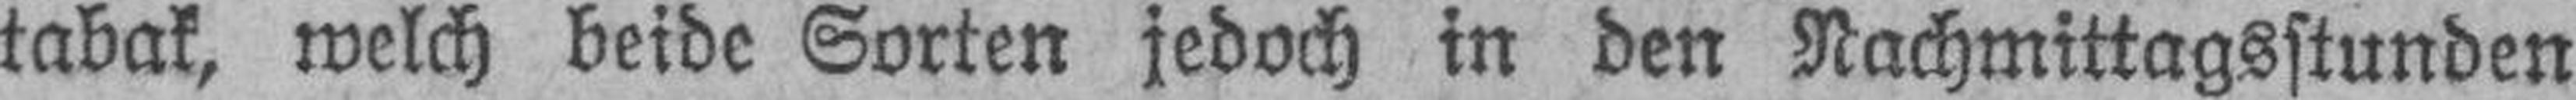
tabak, welch beide Sorten jedoch in den Nachmittagsstunden